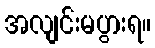
အလျင်းမပွားရ။